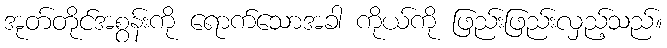
အုတ်တိုင်အစွန်းကို ရောက်သောအခါ ကိုယ်ကို ဖြည်းဖြည်းလှည့်သည်။